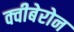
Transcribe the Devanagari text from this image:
क्वीबेरोन